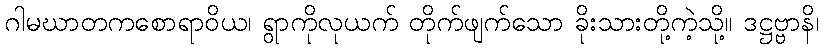
ဂါမဃာတကစောရာဝိယ၊ ရွာကိုလုယက် တိုက်ဖျက်သော ခိုးသားတို့ကဲ့သို့။ ဒဋ္ဌဗ္ဗာနိ၊